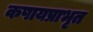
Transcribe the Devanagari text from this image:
कषायप्राभृत